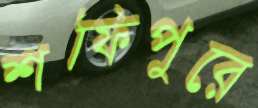
শফিপুরে